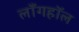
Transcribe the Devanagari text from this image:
लाँगहॉल